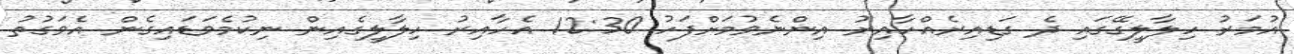
އުމަރު ހިލާލީގޭގައި ދެ ގަޑިއިރެއްހާއިރު އިންނެވުމަށްފަހު 12:30 އެހާއިރު ހިލާލީގެއިން ނިކުމެވަޑައިގެން އެވަގުތު